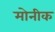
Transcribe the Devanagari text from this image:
मोनीक